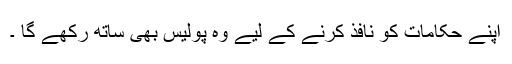
اپنے حکامات کو نافذ کرنے کے لیے وہ پولیس بھی ساتھ رکھے گا ۔